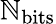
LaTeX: \mathbb{N}_{\mathrm{{bits}}}